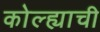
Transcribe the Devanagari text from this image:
कोल्ह्याची